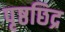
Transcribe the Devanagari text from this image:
पृष्ठछिद्र